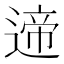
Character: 遆